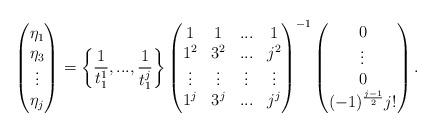
LaTeX: \begin{align*}\begin{pmatrix}\eta_1\\\eta_3\\\vdots\\\eta_j\end{pmatrix}=\bigg\{\frac{1}{t_1^1},...,\frac{1}{t_1^j}\bigg\}\begin{pmatrix}1 & 1 & ... & 1\\1^2 & 3^2 &... & j^2\\\vdots & \vdots & \vdots & \vdots\\1^{j} & 3^j & ... & j^j\\\end{pmatrix}^{-1}\begin{pmatrix}0\\\vdots\\0\\(-1)^{\frac{j-1}{2}}j!\\\end{pmatrix}.\end{align*}